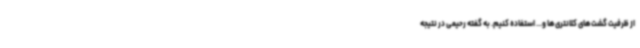
از ظرفیت گشت‌های کلانتری‌ها و... استفاده کنیم. به گفته رحیمی در نتیجه